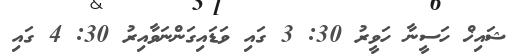
ޝައިޚް ހަސީނާ ހަވީރު 30: 3 ގައި ވަޑައިގަންނަވާއިރު 30: 4 ގައި